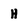
Character: H